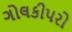
ગોલકીપરો